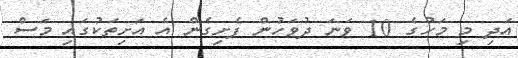
އަދި މި މަހުގެ 10 ވަނަ ދުވަހުން ފެށިގެން އެ އަށިތަކުގައި މަސް